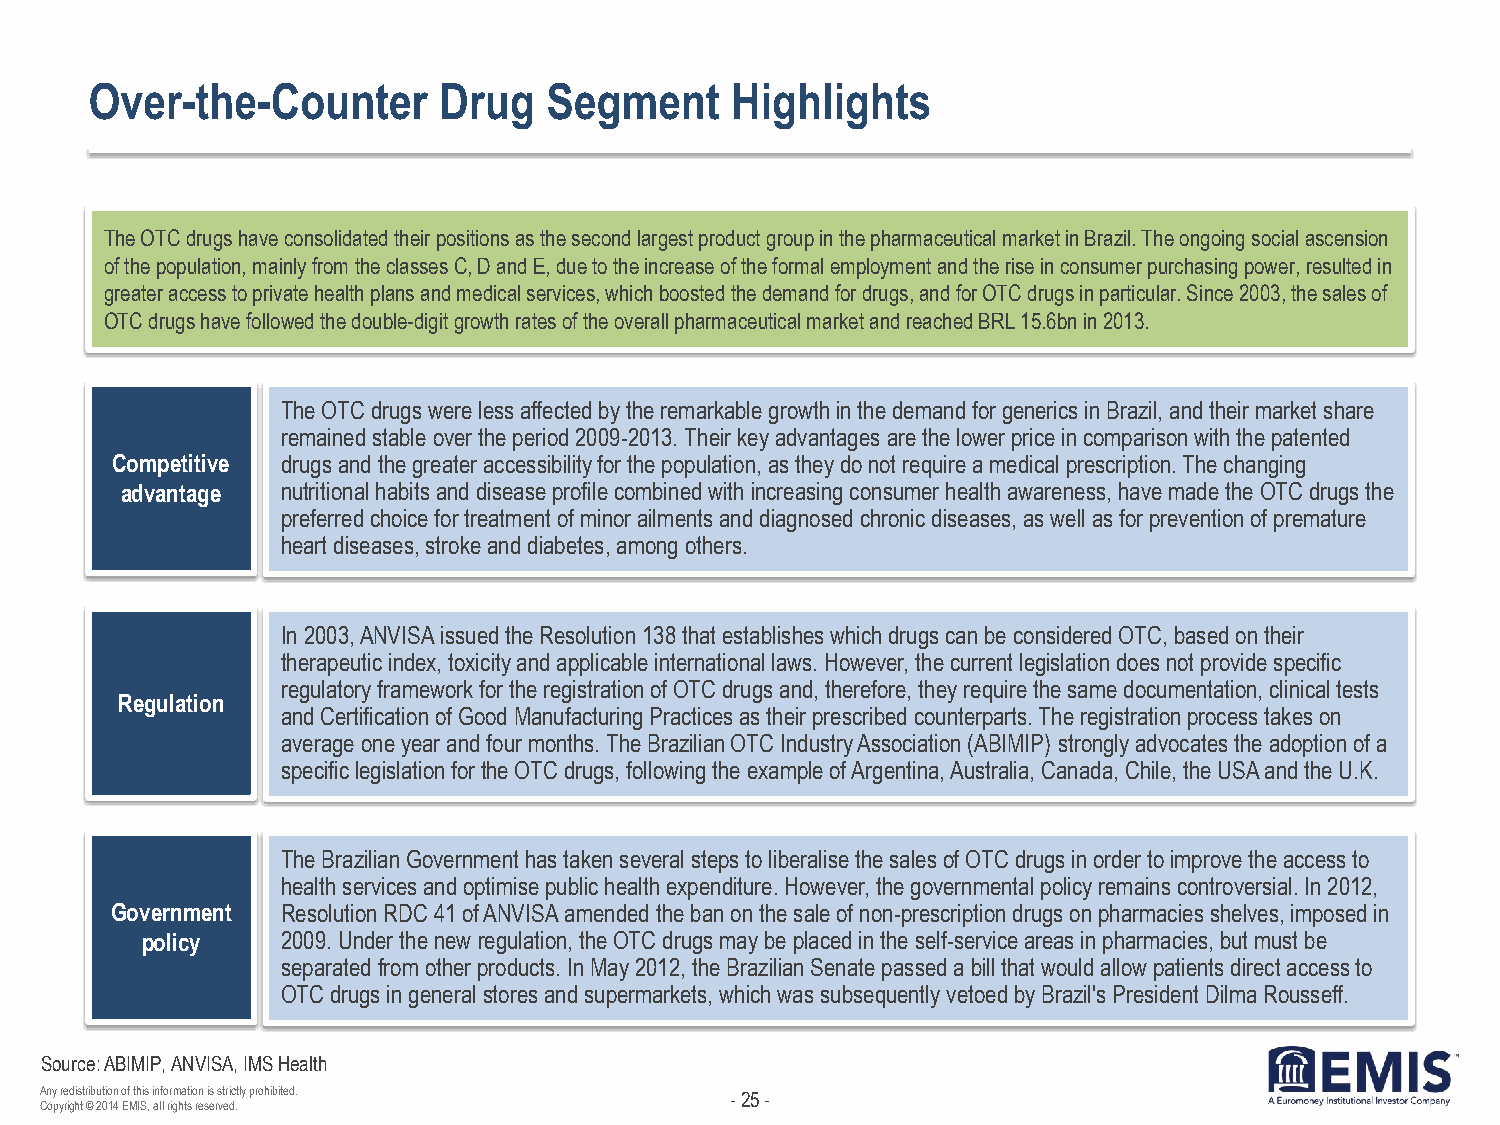
Over-the-Counter       Drug   Segment     Highlights
 The OTC drugs have consolidated their positions as the second largest product group in the pharmaceutical market in Brazil. The ongoing social ascension
 of the population, mainly from the classes C, D and E, due to the increase of the formal employment and the rise in consumer purchasing power, resulted in
 greater access to private health plans and medical services, which boosted the demand for drugs, and for OTC drugs in particular. Since 2003, the sales of
 OTC drugs have followed the double-digit growth rates of the overall pharmaceutical market and reached BRL 15.6bn in 2013.
 The OTC drugs were less affected by the remarkable growth in the demand for generics in Brazil, and their market share
 remained stable over the period 2009-2013. Their key advantages are the lower price in comparison with the patented
 Competitive drugs and the greater accessibility for the population, as they do not require a medical prescription. The changing
 advantage  nutritional habits and disease profile combined with increasing consumer health awareness, have made the OTC drugs the
 preferred choice for treatment of minor ailments and diagnosed chronic diseases, as well as for prevention of premature
 heart diseases, stroke and diabetes, among others.
 In 2003, ANVISA issued the Resolution 138 that establishes which drugs can be considered OTC, based on their
 therapeutic index, toxicity and applicable international laws. However, the current legislation does not provide specific
 regulatory framework for the registration of OTC drugs and, therefore, they require the same documentation, clinical tests
 Regulation
 and Certification of Good Manufacturing Practices as their prescribed counterparts. The registration process takes on
 average one year and four months. The Brazilian OTC Industry Association (ABIMIP) strongly advocates the adoption of a
 specific legislation for the OTC drugs, following the example of Argentina, Australia, Canada, Chile, the USA and the U.K.
 The Brazilian Government has taken several steps to liberalise the sales of OTC drugs in order to improve the access to
 health services and optimise public health expenditure. However, the governmental policy remains controversial. In 2012,
 Government  Resolution RDC 41 of ANVISA amended the ban on the sale of non-prescription drugs on pharmacies shelves, imposed in
 policy    2009. Under the new regulation, the OTC drugs may be placed in the self-service areas in pharmacies, but must be
 separated from other products. In May 2012, the Brazilian Senate passed a bill that would allow patients direct access to
 OTC drugs in general stores and supermarkets, which was subsequently vetoed by Brazil's President Dilma Rousseff.
 Source: ABIMIP, ANVISA, IMS Health
 Any redistribution of this information is strictly prohibited. - 25 -
 Copyright © 2014 EMIS, all rights reserved.